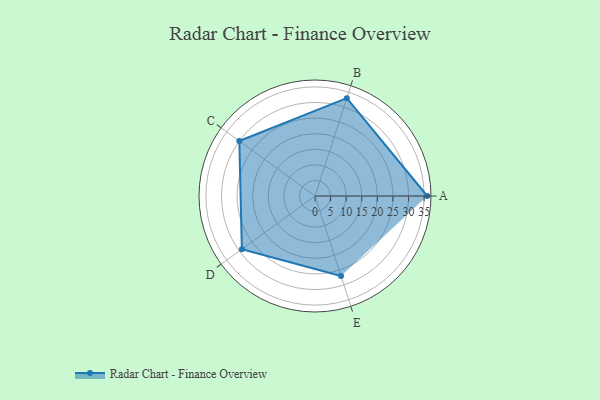
{"axis": {"x": "Skill", "y": "Score"}, "legend": ["Profile"], "data": [{"x": "A", "y": 36.0, "type": "Profile"}, {"x": "B", "y": 33.0, "type": "Profile"}, {"x": "C", "y": 30.0, "type": "Profile"}, {"x": "D", "y": 29.0, "type": "Profile"}, {"x": "E", "y": 27.0, "type": "Profile"}]}